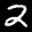
Label: 2